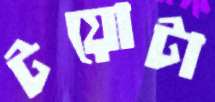
টয়োটা